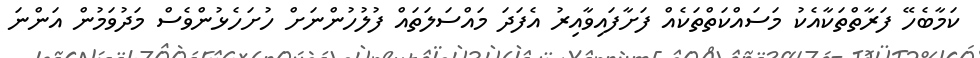
ކަމާބެހޭ ފަރާތްތަކާއެކު މަސައްކަތްތަކެއް ފަށާފައިވާއިރު އެފަދަ މައްސަލަތައް ފުލުހުންނަށް ހުށަހެޅުންވެސް މަދުވަމުން އަންނަ